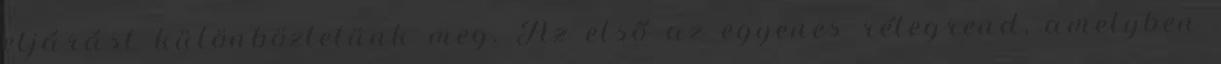
eljárást különböztetünk meg. Az első az egyenes rétegrend, amelyben